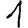
Digit: 1